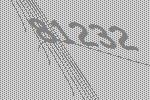
81232